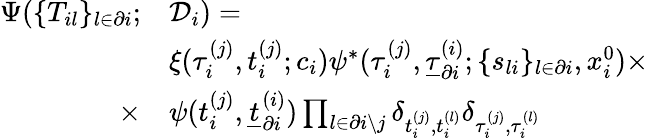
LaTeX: \begin{array}{r}{\begin{array}{rl}{\Psi(\{ T_{il}\} _{l\in\partial i};}&{\mathcal{D}_{i})=}\\ &{\xi(\tau_{i}^{(j)},t_{i}^{(j)};c_{i})\psi^{*}(\tau_{i}^{(j)},\underline{{\tau}}_{\partial i}^{(i)};\{ s_{li}\} _{l\in\partial i},x_{i}^{0})\times}\\ {\times}&{\psi(t_{i}^{(j)},\underline{{t}}_{\partial i}^{(i)})\prod_{l\in\partial i\setminus j}\delta_{t_{i}^{(j)},t_{i}^{(l)}}\delta_{\tau_{i}^{(j)},\tau_{i}^{(l)}}}\end{array}}\end{array}